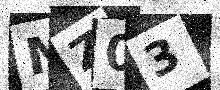
Text: NZ03